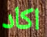
اكاد